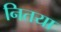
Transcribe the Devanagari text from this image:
नितया